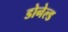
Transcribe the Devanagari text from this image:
डोनेल्ड